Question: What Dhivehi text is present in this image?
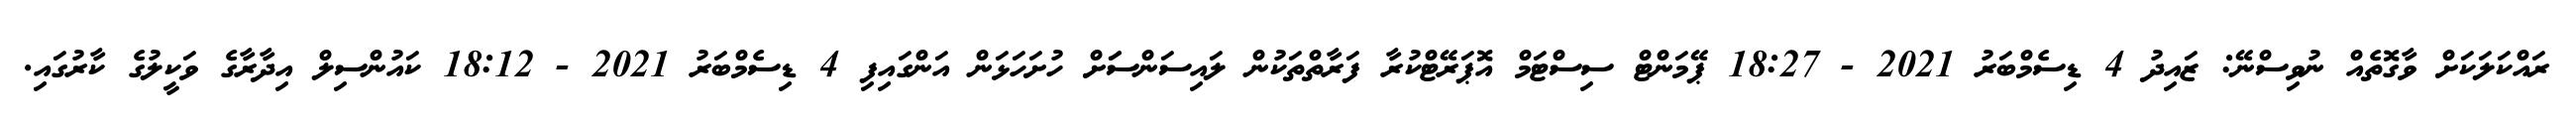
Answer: ރައްކަލަކަށް ވާގޮތެއް ނުވިސްނޭ: ޒައިދު 4 ޑިސެމްބަރު 2021 - 18:27 ޕޭމަންޓް ސިސްޓަމް އޮޕަރޭޓްކުރާ ފަރާތްތަކުން ލައިސަންސަަށް ހުށަހަޅަން އަންގައިފި 4 ޑިސެމްބަރު 2021 - 18:12 ކައުންސިލް އިދާރާގެ ވަކީލުގެ ކާރުގައި.